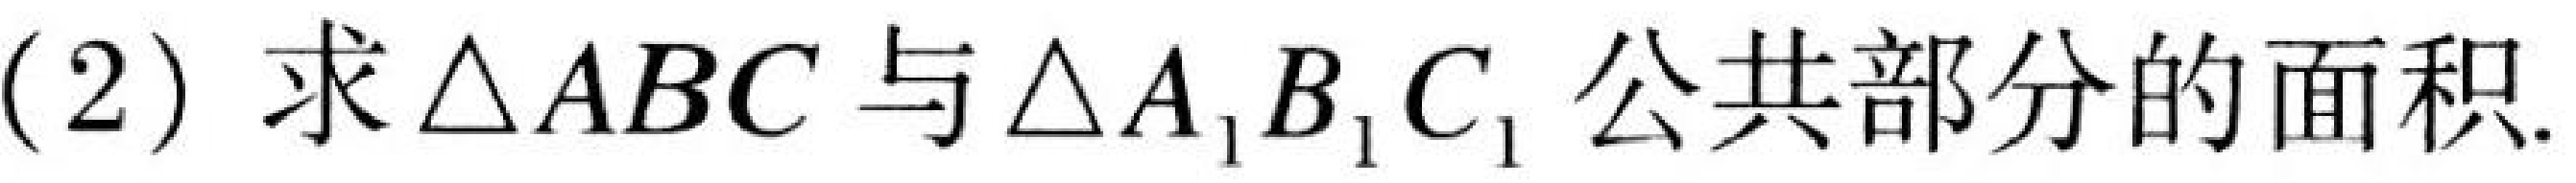
(2) 求$\triangle ABC$与$\triangle A_{1}B_{1}C_{1}$公共部分的面积.